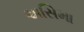
અસિમા